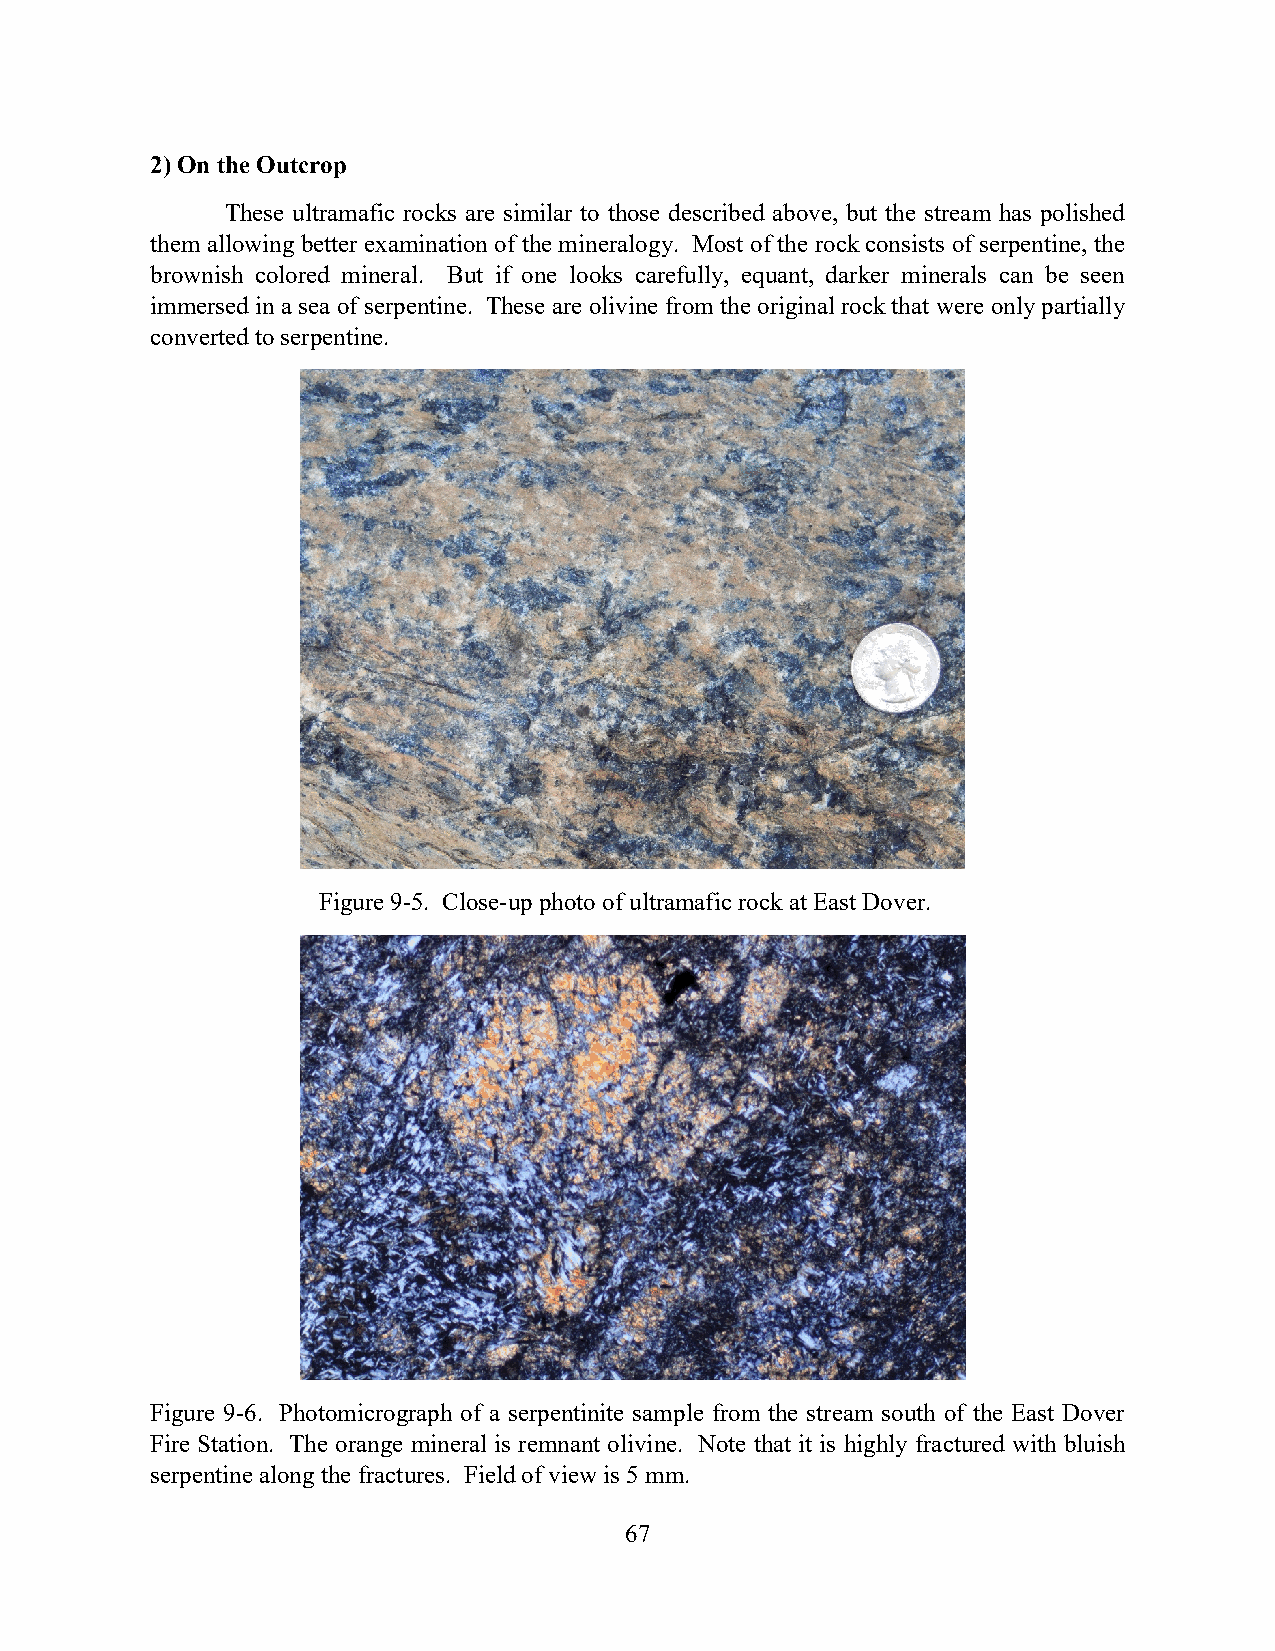
2) On the Outcrop
 These ultramafic rocks are similar to those described above, but the stream has polished
 them allowing better examination of the mineralogy. Most of the rock consists of serpentine, the
 brownish colored mineral. But if one looks carefully, equant, darker minerals can be seen
 immersed in a sea of serpentine. These are olivine from the original rock that were only partially
 converted to serpentine.
 Figure 9-5. Close-up photo of ultramafic rock at East Dover.
 Figure 9-6. Photomicrograph of a serpentinite sample from the stream south of the East Dover
 Fire Station. The orange mineral is remnant olivine. Note that it is highly fractured with bluish
 serpentine along the fractures. Field of view is 5 mm.
 67